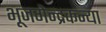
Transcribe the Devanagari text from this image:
भूजगेन्द्रकन्या